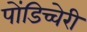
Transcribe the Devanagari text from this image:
पोंडिच्चेरी